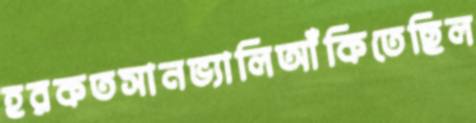
হরকতসানভ্যালিআঁকিতেছিল